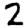
Digit: 2